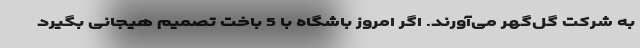
به شرکت گل‌گهر می‌آورند. اگر امروز باشگاه با 5 باخت تصمیم هیجانی بگیرد